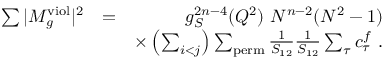
\begin{array} { r l r } { \sum \vert M _ { g } ^ { \mathrm { v i o l } } \vert ^ { 2 } } & { = } & { g _ { S } ^ { 2 n - 4 } ( Q ^ { 2 } ) ~ N ^ { n - 2 } ( N ^ { 2 } - 1 ) } \\ & { } & { \times \left( \sum _ { i < j } \right) \sum _ { \mathrm { p e r m } } \frac { 1 } { S _ { 1 2 } } \frac { 1 } { S _ { 1 2 } } \sum _ { \tau } c _ { \tau } ^ { f } ~ . } \end{array}